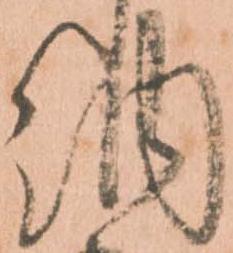
納